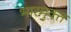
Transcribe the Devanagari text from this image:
भारमुक्त